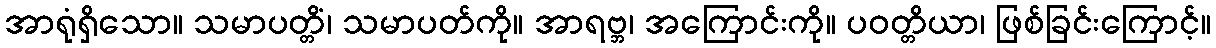
အာရုံရှိသော။ သမာပတ္တိံ၊ သမာပတ်ကို။ အာရဗ္ဘ၊ အကြောင်းကို။ ပဝတ္တိယာ၊ ဖြစ်ခြင်းကြောင့်။